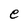
Character: e